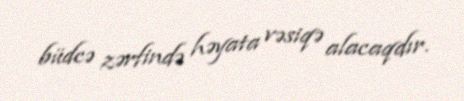
büdcə zərfində həyata vəsiqə alacaqdır.